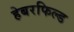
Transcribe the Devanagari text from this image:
हेबरफिल्ड